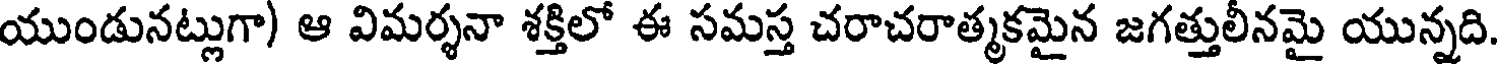
యుండునట్లుగా) ఆ విమర్శనా శక్తిలో ఈ సమస్త చరాచరాత్మకమైన జగత్తులీనమై యున్నది